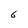
Character: 6